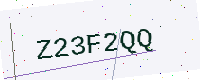
Text: Z23F2QQ